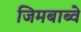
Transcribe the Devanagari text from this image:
जिमबाब्वे